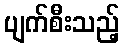
ပျက်စီးသည့်